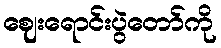
ဈေးရောင်းပွဲတော်ကို